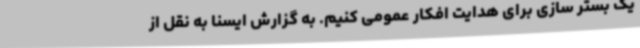
یک بستر سازی برای هدایت افکار عمومی کنیم. به گزارش ایسنا به نقل از